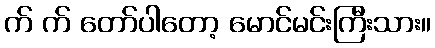
က် က် တော်ပါတော့ မောင်မင်းကြီးသား။